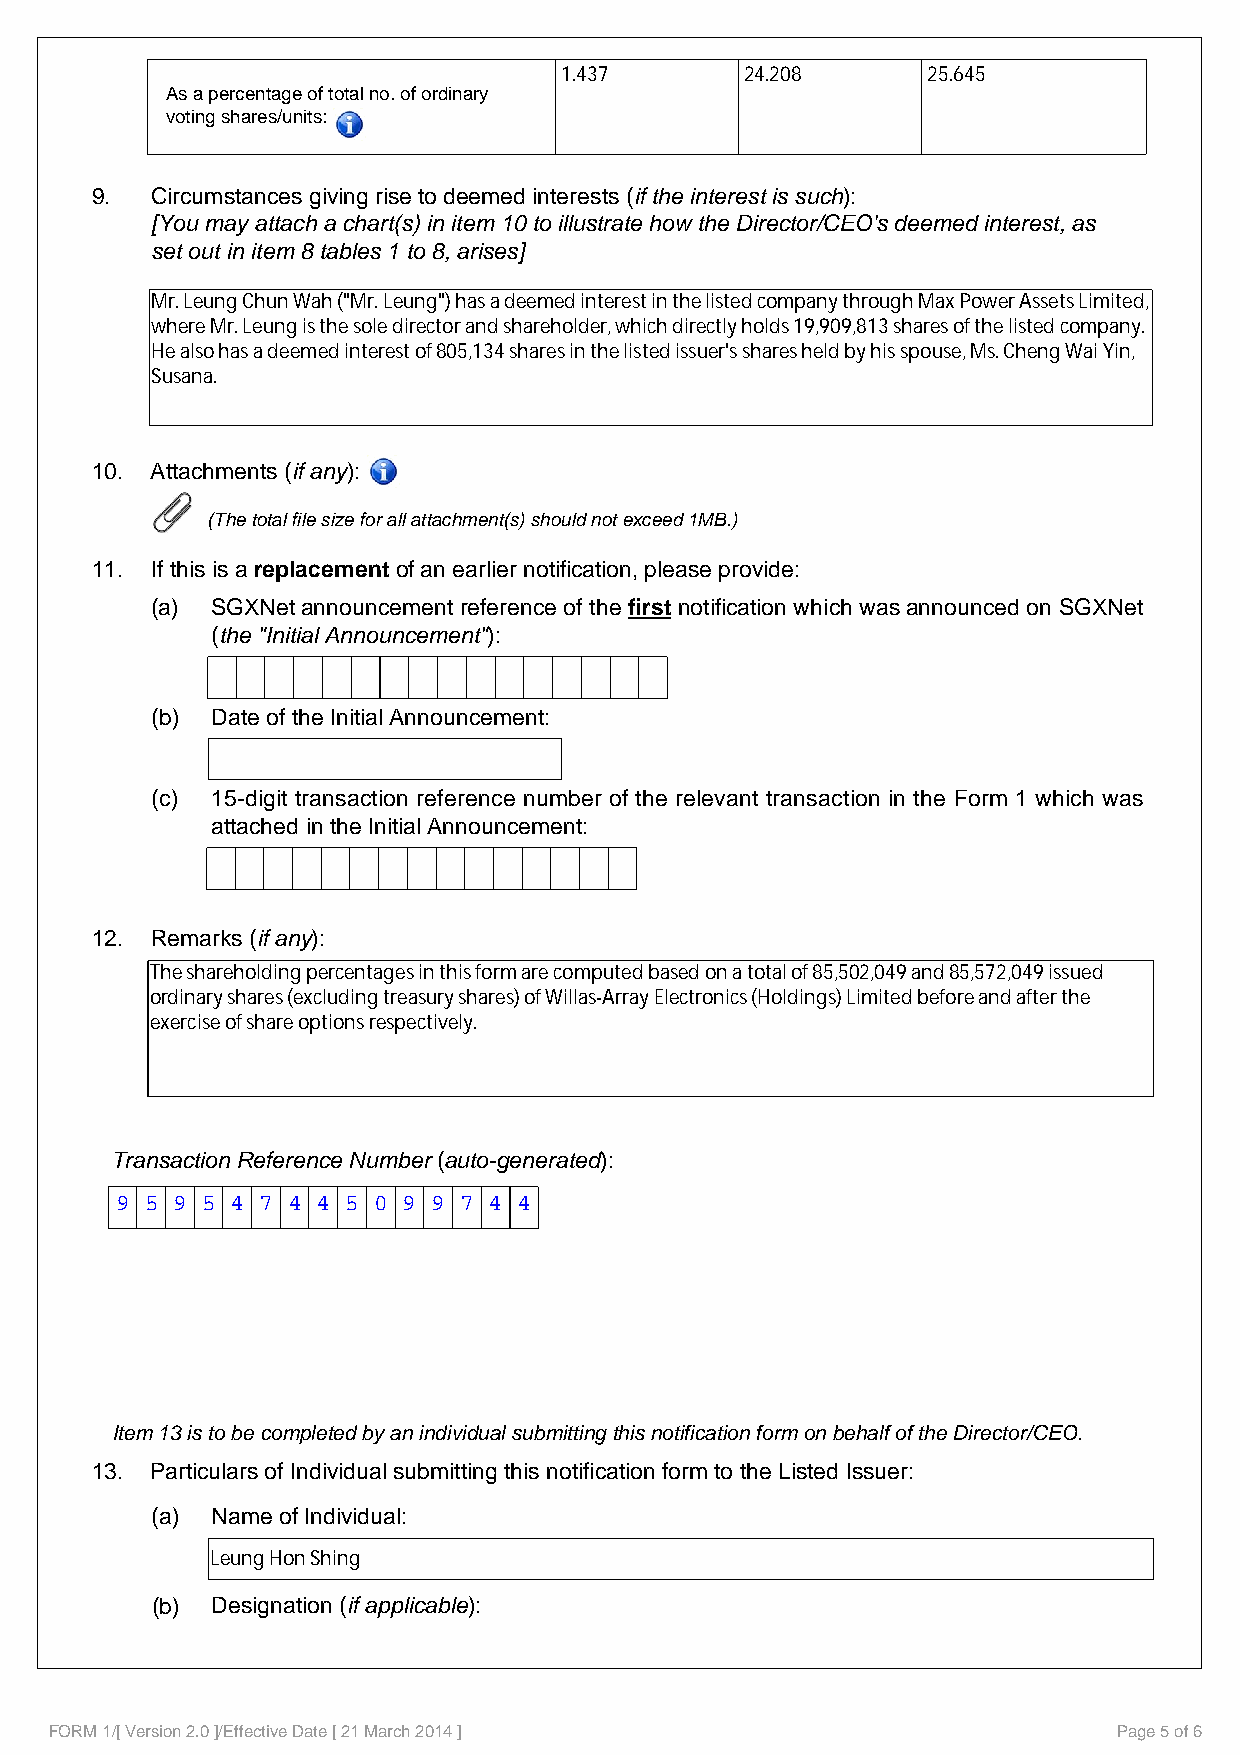
1.437       24.208      25.645
 As a percentage of total no. of ordinary
 voting shares/units:
 9.  Circumstances giving rise to deemed interests (if the interest is such):
 [You may attach a chart(s) in item 10 to illustrate how the Director/CEO's deemed interest, as
 set out in item 8 tables 1 to 8, arises]
 Mr. Leung Chun Wah ("Mr. Leung") has a deemed interest in the listed company through Max Power Assets Limited,
 where Mr. Leung is the sole director and shareholder, which directly holds 19,909,813 shares of the listed company.
 He also has a deemed interest of 805,134 shares in the listed issuer's shares held by his spouse, Ms. Cheng Wai Yin,
 Susana.
 10. Attachments (if any):
 (The total file size for all attachment(s) should not exceed 1MB.)
 11. If this is a replacement of an earlier notification, please provide:
 (a) SGXNet announcement reference of the first notification which was announced on SGXNet
 (the "Initial Announcement"):
 (b) Date of the Initial Announcement:
 (c) 15-digit transaction reference number of the relevant transaction in the Form 1 which was
 attached in the Initial Announcement:
 12. Remarks (if any):
 The shareholding percentages in this form are computed based on a total of 85,502,049 and 85,572,049 issued
 ordinary shares (excluding treasury shares) of Willas-Array Electronics (Holdings) Limited before and after the
 exercise of share options respectively.
 Transaction Reference Number (auto-generated):
 9 5 9 5 4 7 4 4 5 0 9 9 7 4 4
 Item 13 is to be completed by an individual submitting this notification form on behalf of the Director/CEO.
 13. Particulars of Individual submitting this notification form to the Listed Issuer:
 (a) Name of Individual:
 Leung Hon Shing
 (b) Designation (if applicable):
 FORM 1/[ Version 2.0 ]/Effective Date [ 21 March 2014 ]                Page 5 of 6